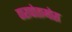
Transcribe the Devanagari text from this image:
पारापोतामोस